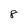
Character: 8